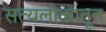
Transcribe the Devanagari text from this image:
सत्यलोकातून